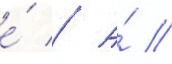
е́ // А́ //